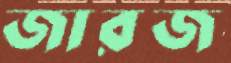
জারজ